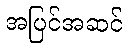
အပြင်အဆင်